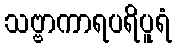
သဗ္ဗာကာရပရိပူရံ